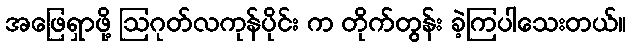
အဖြေရှာဖို့ ဩဂုတ်လကုန်ပိုင်း က တိုက်တွန်း ခဲ့ကြပါသေးတယ်။